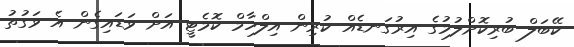
ކޭބަލް ބުރިކޮށްލުމުގެ އިރުގަނޑެއް ކުރިން އިލްހާމް ކޮމެޓީ އަށް ވަޑައިގެން އެ ވަގުތު